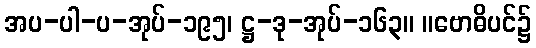
အပ-ပါ-ပ-အုပ်-၁၉၅၊ ဋ္ဌ-ဒု-အုပ်-၁၆၃။ ။ဗောဓိပင်၌